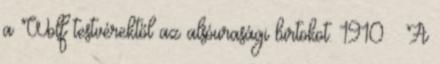
a Wolf testvérektől az alsóurasági birtokot. 1910 – A